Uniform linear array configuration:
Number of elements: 8
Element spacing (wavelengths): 1
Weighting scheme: hann
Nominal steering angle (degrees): -60
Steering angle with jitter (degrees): -58.79
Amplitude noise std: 0.05
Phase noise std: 0.05

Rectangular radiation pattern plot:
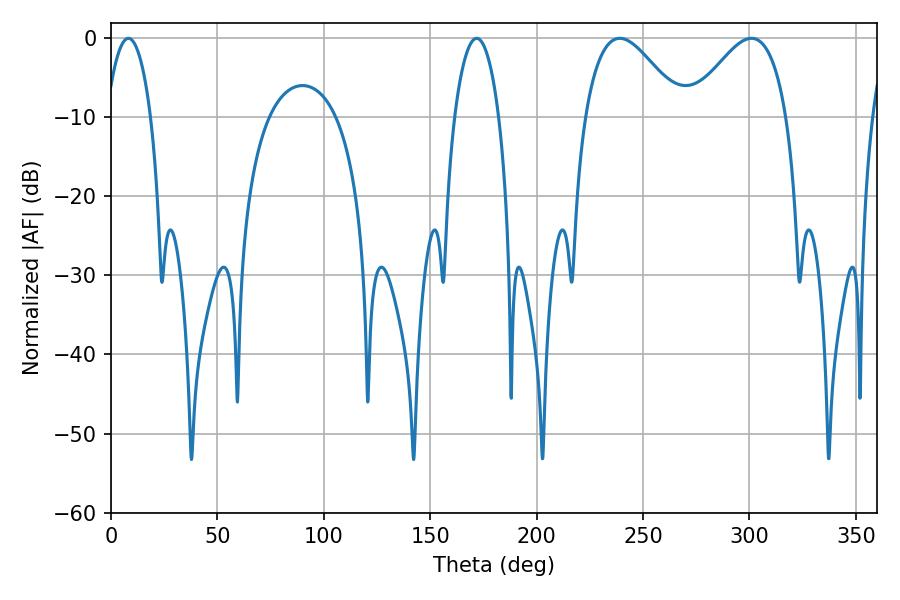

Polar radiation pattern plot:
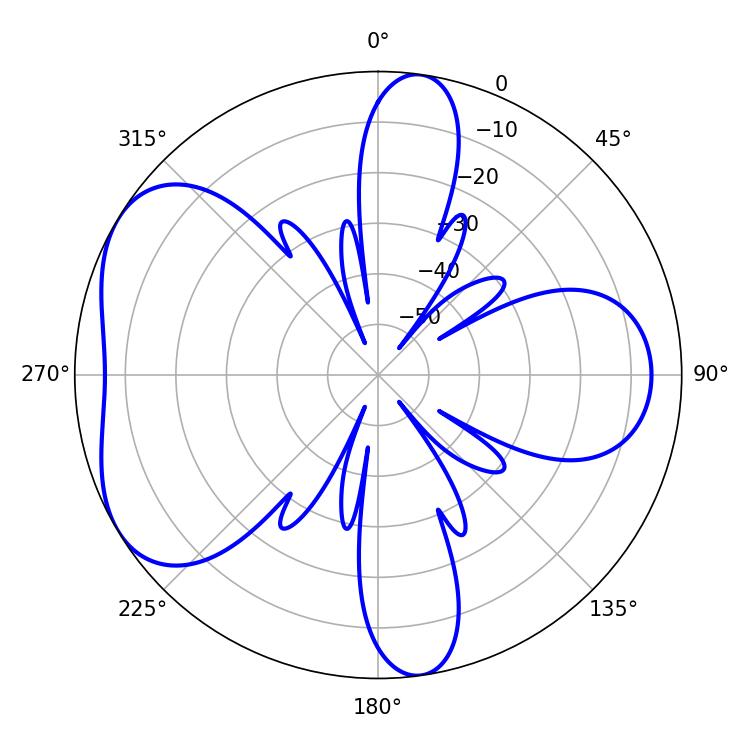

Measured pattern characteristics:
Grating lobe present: TRUE
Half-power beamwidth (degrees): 24.66
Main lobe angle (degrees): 300.96